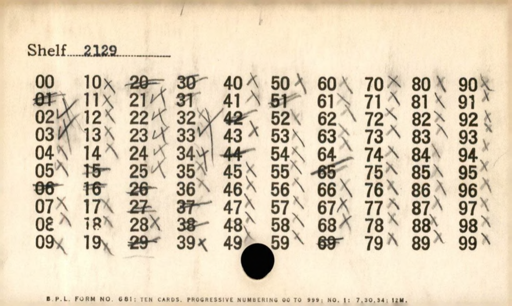
Label: divider